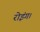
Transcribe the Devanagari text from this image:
रोइंग।